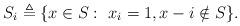
LaTeX: \begin{align*}S_i\triangleq \{x\in S: \ x_i=1, x-i\notin S \}.\end{align*}